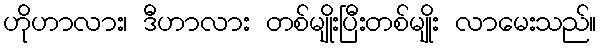
ဟိုဟာလား၊ ဒီဟာလား တစ်မျိုးပြီးတစ်မျိုး လာမေးသည်။